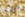
جيد